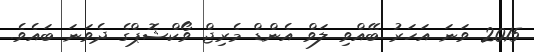
2015 ވަނަ އަހަރު ބޭއްވި ލަވް އެންޑް މެރިޖް ވޯކްޝޮޕްގެ ދެވަނަ ބައެވެ.